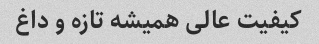
کیفیت عالى همیشه تازه و داغ